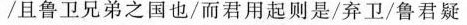
/且鲁卫兄弟之国也/而君用起则是/弃卫/鲁君疑